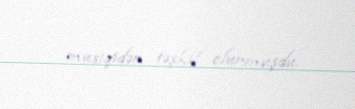
musiqidən təşkil olunmuşdu.